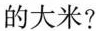
的大米?